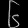
Digit: ၆